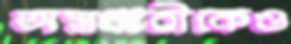
অস্ত্রধারীকেও